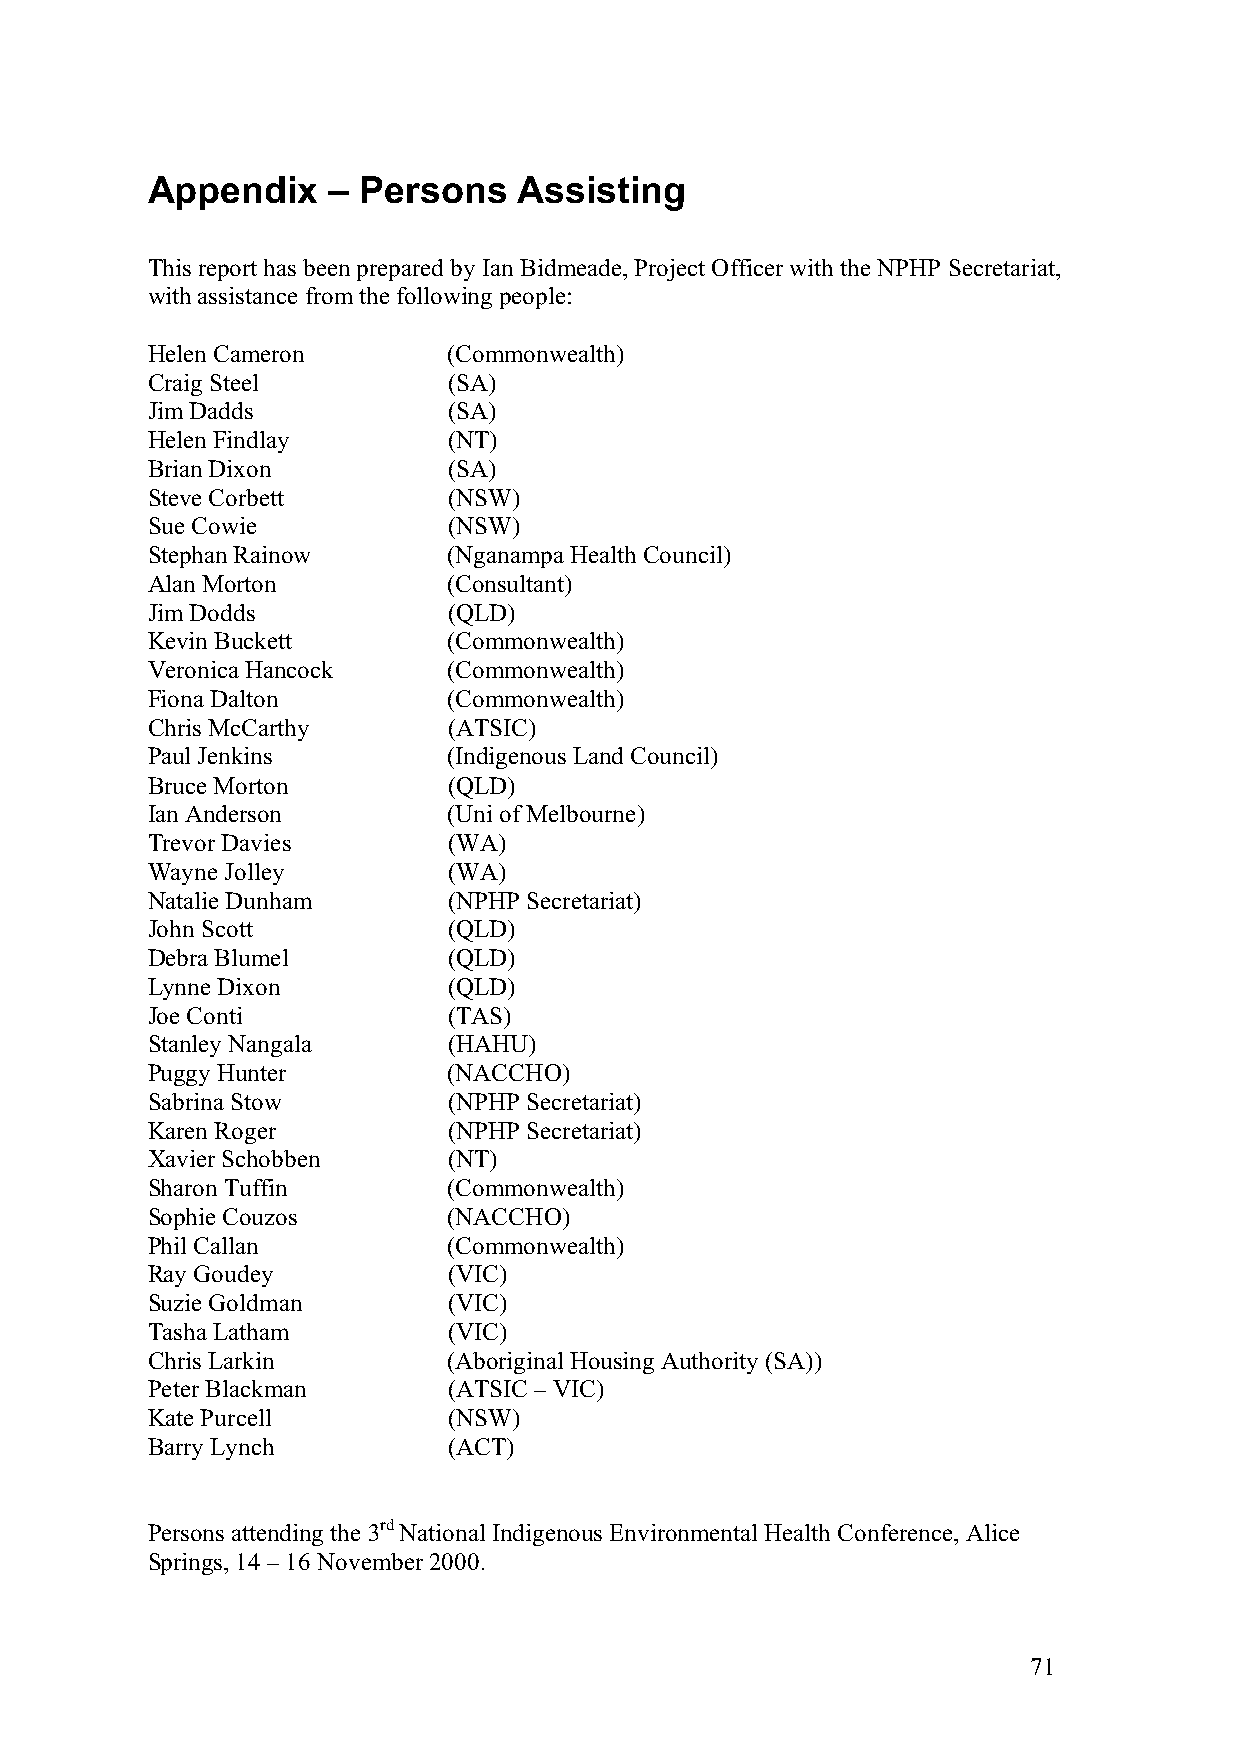
Appendix    – Persons   Assisting
 This report has been prepared by Ian Bidmeade, Project Officer with the NPHP Secretariat,
 with assistance from the following people:
 Helen Cameron       (Commonwealth)
 Craig Steel         (SA)
 Jim Dadds           (SA)
 Helen Findlay       (NT)
 Brian Dixon         (SA)
 Steve Corbett       (NSW)
 Sue Cowie           (NSW)
 Stephan Rainow      (Nganampa Health Council)
 Alan Morton         (Consultant)
 Jim Dodds           (QLD)
 Kevin Buckett       (Commonwealth)
 Veronica Hancock    (Commonwealth)
 Fiona Dalton        (Commonwealth)
 Chris McCarthy      (ATSIC)
 Paul Jenkins        (Indigenous Land Council)
 Bruce Morton        (QLD)
 Ian Anderson        (Uni of Melbourne)
 Trevor Davies       (WA)
 Wayne Jolley        (WA)
 Natalie Dunham      (NPHP Secretariat)
 John Scott          (QLD)
 Debra Blumel        (QLD)
 Lynne Dixon         (QLD)
 Joe Conti           (TAS)
 Stanley Nangala     (HAHU)
 Puggy Hunter        (NACCHO)
 Sabrina Stow        (NPHP Secretariat)
 Karen Roger         (NPHP Secretariat)
 Xavier Schobben     (NT)
 Sharon Tuffin       (Commonwealth)
 Sophie Couzos       (NACCHO)
 Phil Callan         (Commonwealth)
 Ray Goudey          (VIC)
 Suzie Goldman       (VIC)
 Tasha Latham        (VIC)
 Chris Larkin        (Aboriginal Housing Authority (SA))
 Peter Blackman      (ATSIC – VIC)
 Kate Purcell        (NSW)
 Barry Lynch         (ACT)
 Persons attending the 3rd National Indigenous Environmental Health Conference, Alice
 Springs, 14 – 16 November 2000.
 71